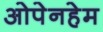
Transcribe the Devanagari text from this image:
ओपेनहेम